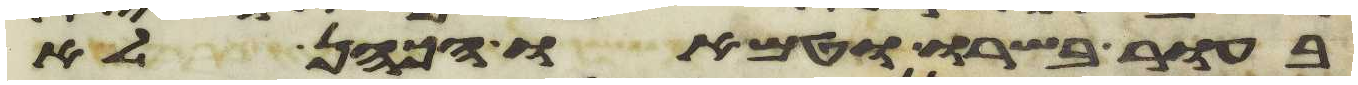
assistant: בעור בשרו וטמאו הכהן לא